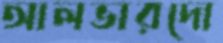
আলভারদো